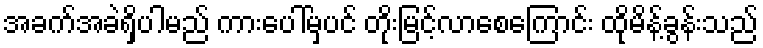
အခက်အခဲရှိပါမည် ကားပေါ်မှပင် တိုးမြင့်လာစေကြောင်း ထိုမိန့်ခွန်းသည်